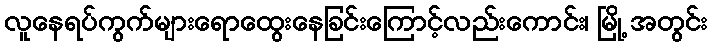
လူနေရပ်ကွက်များရောထွေးနေခြင်းကြောင့်လည်းကောင်း၊ မြို့ အတွင်း